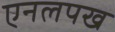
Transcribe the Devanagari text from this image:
एनलपख